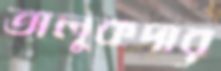
তালুকদার